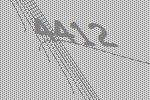
4412